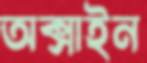
অক্সাইন